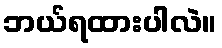
ဘယ်ရထားပါလဲ။